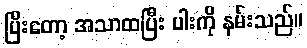
ပြီးတော့ အသာထပြီး ပါးကို နမ်းသည်။